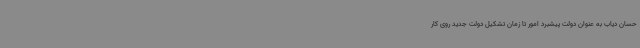
حسان دیاب به عنوان دولت پیشبرد امور تا زمان تشکیل دولت جدید روی کار